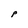
Character: P